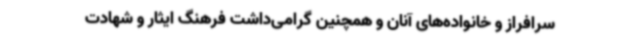
سرافراز و خانواده‌های آنان و همچنین گرامی‌داشت فرهنگ ایثار و شهادت